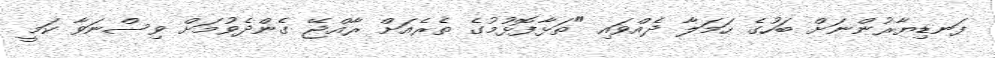
ފަނޑިޔާރުންނަށް ބަހުގެ ހަމަލާ ދެއްވައި "ތަޅާފޮޅުމުގެ ތެރެއަށް ރާއްޖޭ ގެންދެވުމަށް ވިސްނަވާ ކަމީ